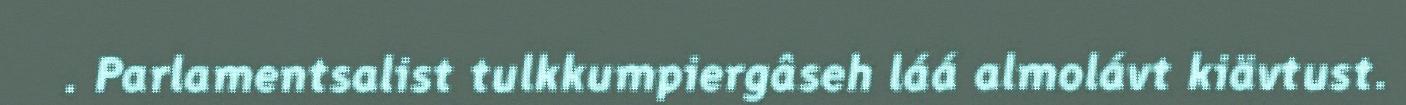
. Parlamentsalist tulkkumpiergâseh láá almolávt kiävtust.